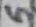
Text: 5